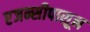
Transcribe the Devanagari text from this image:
एजन्सीपासून